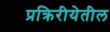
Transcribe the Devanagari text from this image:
प्रक्रिरीयेतील